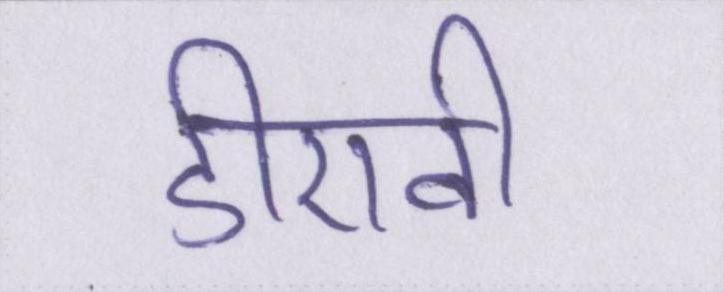
डीएवी